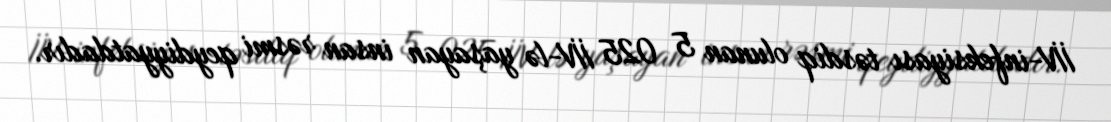
İİV-infeksiyası təsdiq olunan 5 025 İİV-lə yaşayan insan rəsmi qeydiyyatdadır.